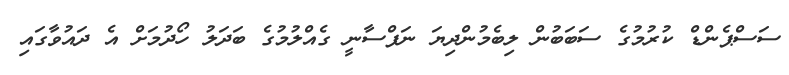
ސަސްޕެންޑް ކުރުމުގެ ސަބަބުން ލިބެމުންދިޔަ ނަފްސާނީ ގެއްލުމުގެ ބަދަލު ހޯދުމަށް އެ ދައުވާގައި